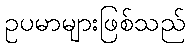
ဥပမာများဖြစ်သည်